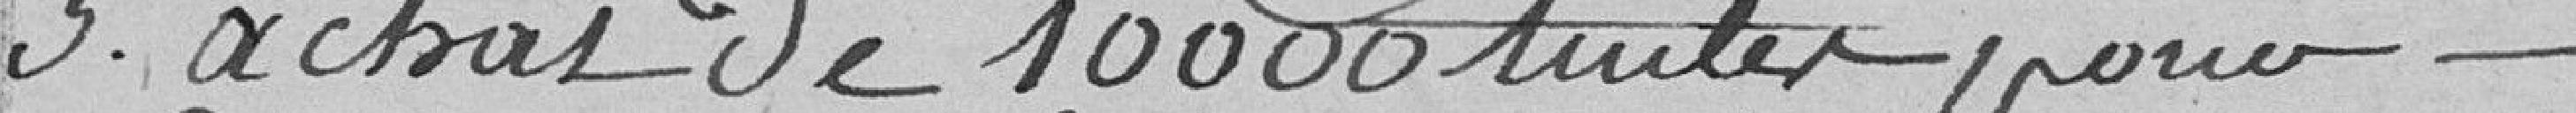
3° achat de 10000 tuiles pour